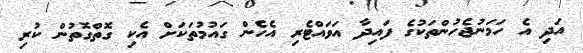
އަދި އެ ހަމަނުޖެހުންތަކުގެ ފައިދާ އަވައްޓެރި އެހެން ގައުމުތަކަށް އެކި ގޮތްގޮތުން ކުރި